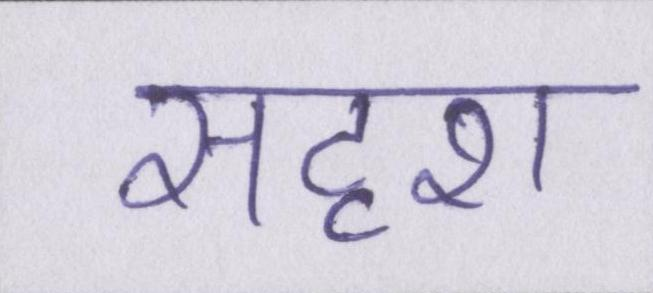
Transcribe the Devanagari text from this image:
सदृश